Vaccination in Bombay 1924-1928 - 1924-1928
Year: 1924
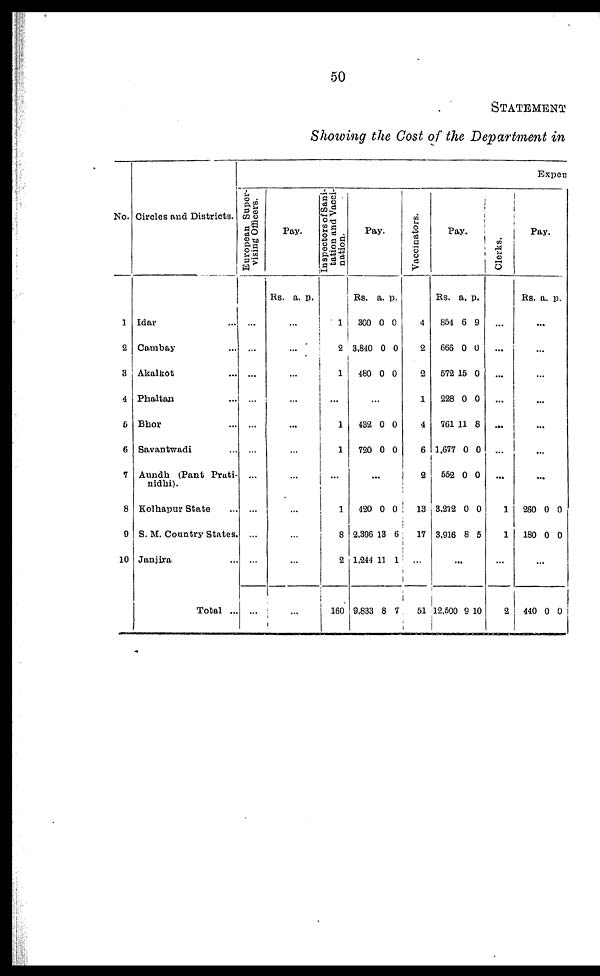
50
STATEMENT
Showing the Cost of the Department in
No.
1
2
3
4
5
6
7
8
9
10
Circles and Districts.
Idar ...
Cambay ...
Akalkot ...
Phaltan ...
Bhor ...
Savantwadi ...
Aundh (Pant Prati¬
nidhi).
Kolhapur State ...
S. M. Country States.
Janjira ...
Total ...
Expen
European Super-
vising Officers.
...
...
...
...
...
...
...
...
...
...
...
Pay.
Rs. a. p.
...
...
...
...
...
...
...
...
...
...
...
Inspectors of Sani-
tation and Vacci-
--tion.
1
2
1
...
1
1
...
1
8
2
160
Pay.
Rs.
300
3,840
480
a.
0
0
0
p.
0
0
0
...
432
720
0
0
0
0
...
420
2,396
1,244
9,833
0
13
11
8
0
6
1
7
Vaccinators.
4
2
2
1
4
6
2
13
17
...
51
Pay.
Rs.
854
666
572
228
761
1,677
552
3,272
3,916
a.
6
0
15
0
11
0
0
0
8
p.
9
0
0
0
8
0
0
0
5
...
12,500 9 10
Clerks.
...
...
...
...
...
...
...
1
1
...
2
Pay.
Rs. a. p.
...
...
...
...
...
...
...
260
180
0
0
0
0
...
440 0 0